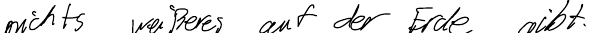
nicht weißeres auf der Erde gibt.